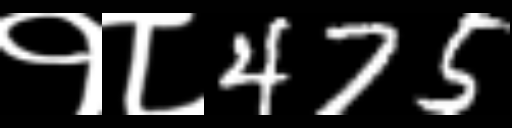
Text: १८475